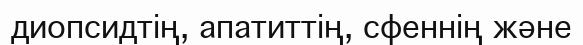
диопсидтің, апатиттің, сфеннің және